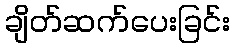
ချိတ်ဆက်ပေးခြင်း